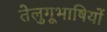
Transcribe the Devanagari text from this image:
तेलुगूभाषियों